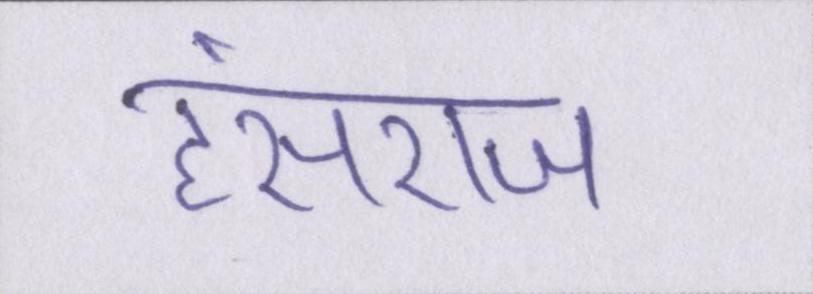
हंसराज